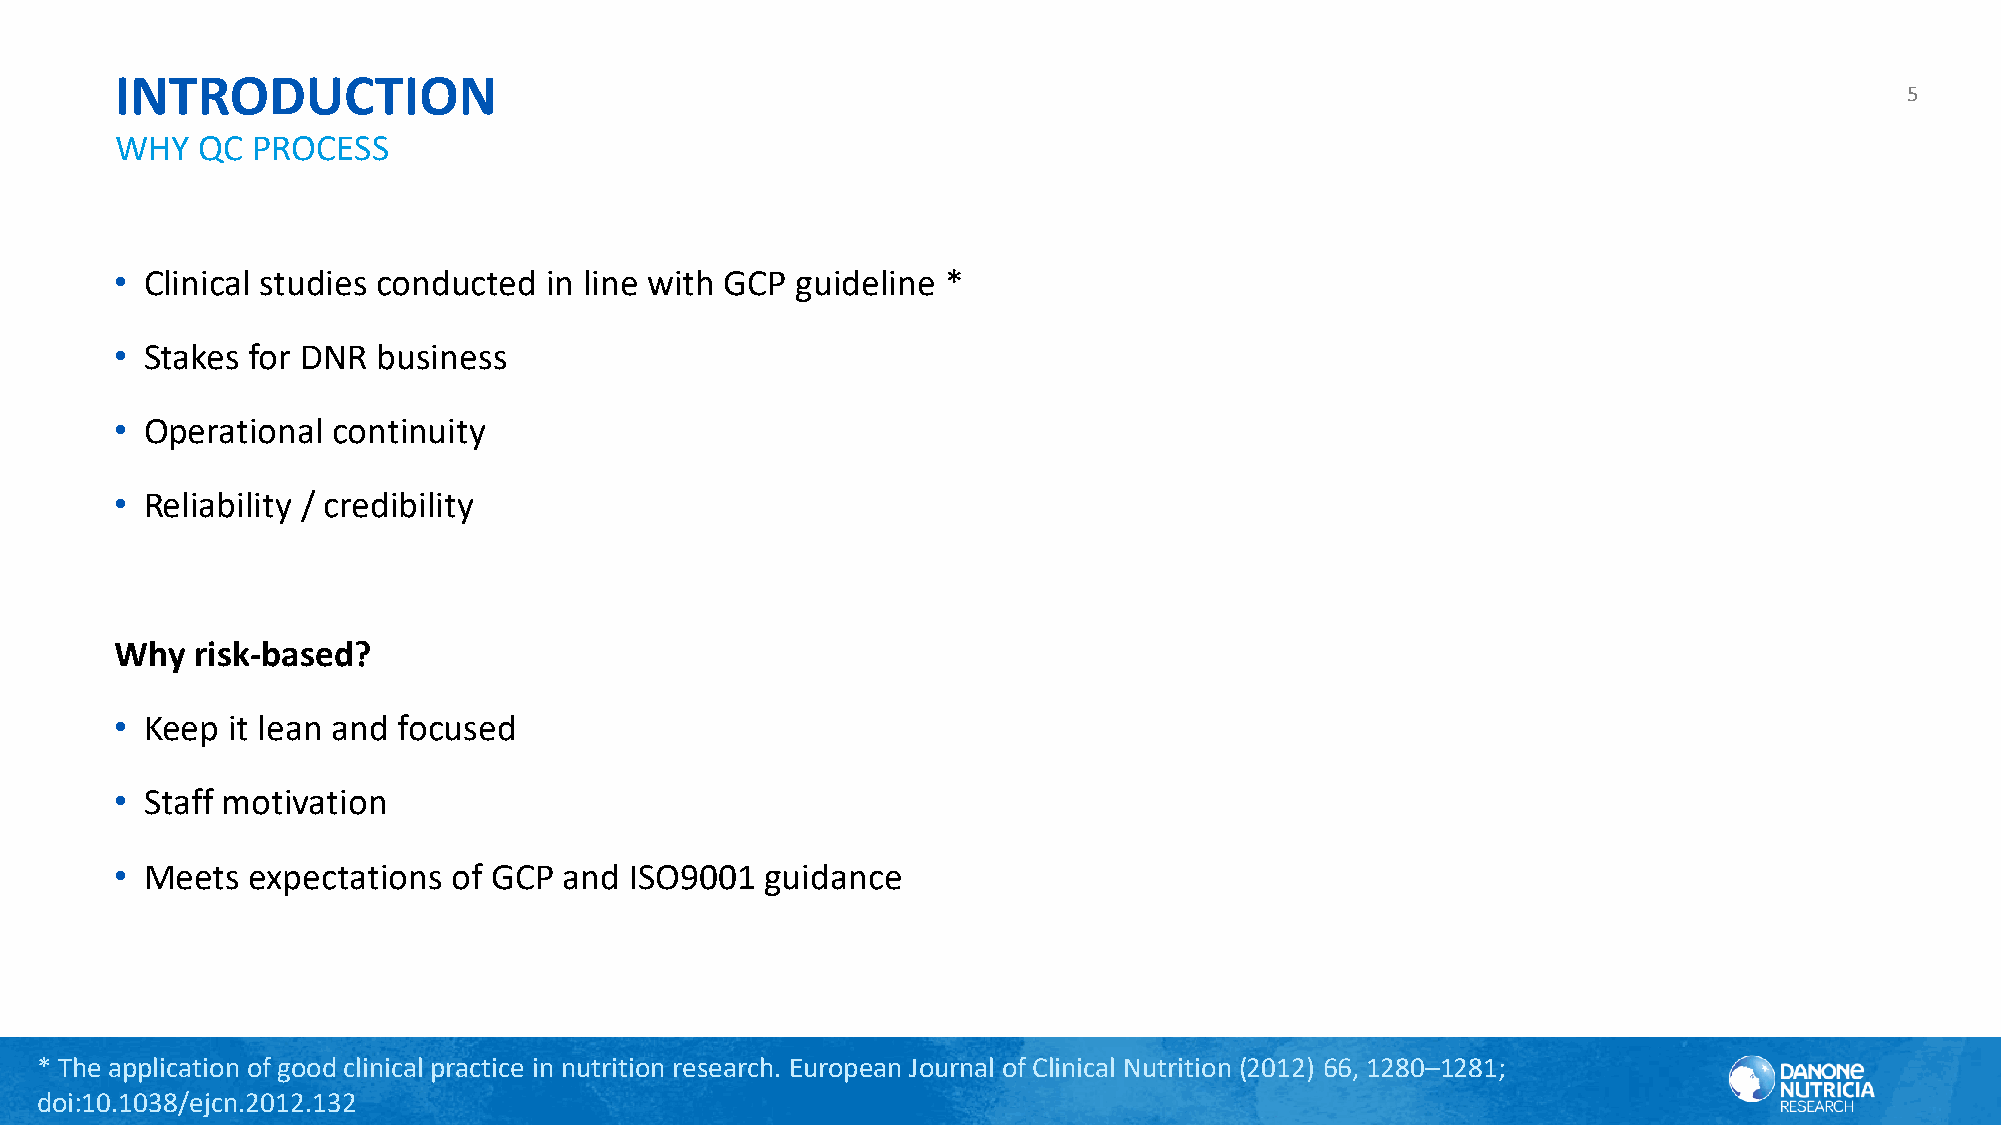
INTRODUCTION
 5
 WHY  QC  PROCESS
 • Clinical studies conducted in line with GCP guideline *
 • Stakes for DNR business
 • Operational continuity
 • Reliability / credibility
 Why  risk-based?
 • Keep it lean and focused
 • Staff motivation
 • Meets expectations  of GCP and  ISO9001  guidance
 * The application of good clinical practice in nutrition research. European Journal of Clinical Nutrition (2012) 66, 1280–1281;
 doi:10.1038/ejcn.2012.132